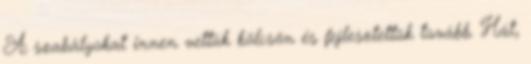
A szabályokat innen vettük kölcsön és fejlesztettük tovább. Hát,